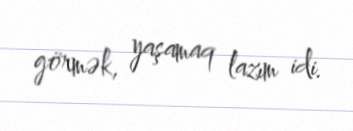
görmək, yaşamaq lazım idi.